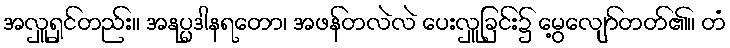
အလှူရှင်တည်း။ အနုပ္ပဒါနရတော၊ အဖန်တလဲလဲ ပေးလှူခြင်း၌ မွေ့လျော်တတ်၏။ တံ